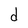
Character: d